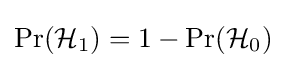
\Pr({\mathcal {H}}_{1})=1-\Pr({\mathcal {H}}_{0})